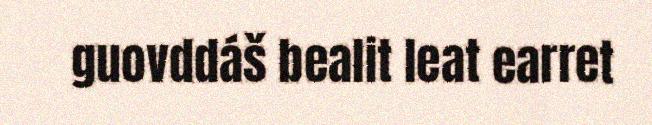
guovddáš bealit leat earret